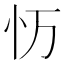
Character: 𭜌